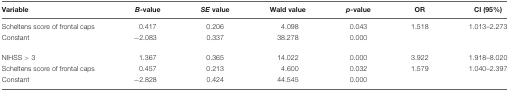
<table><thead><tr><td><b>Variable</b></td><td><b><i>B</i>-value</b></td><td><b><i>SE</i> value</b></td><td><b>Wald value</b></td><td><b><i>p</i>-value</b></td><td><b>OR</b></td><td><b>CI (95%)</b></td></tr></thead><tbody><tr><td>Scheltens score of frontal caps</td><td>0.417</td><td>0.206</td><td>4.098</td><td>0.043</td><td>1.518</td><td>1.013–2.273</td></tr><tr><td>Constant</td><td>-2.083</td><td>0.337</td><td>38.278</td><td>0.000</td><td></td><td></td></tr><tr><td>NIHSS &gt; 3</td><td>1.367</td><td>0.365</td><td>14.022</td><td>0.000</td><td>3.922</td><td>1.918–8.020</td></tr><tr><td>Scheltens score of frontal caps</td><td>0.457</td><td>0.213</td><td>4.600</td><td>0.032</td><td>1.579</td><td>1.040–2.397</td></tr><tr><td>Constant</td><td>-2.828</td><td>0.424</td><td>44.545</td><td>0.000</td><td></td><td></td></tr></tbody></table>